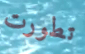
تطورت